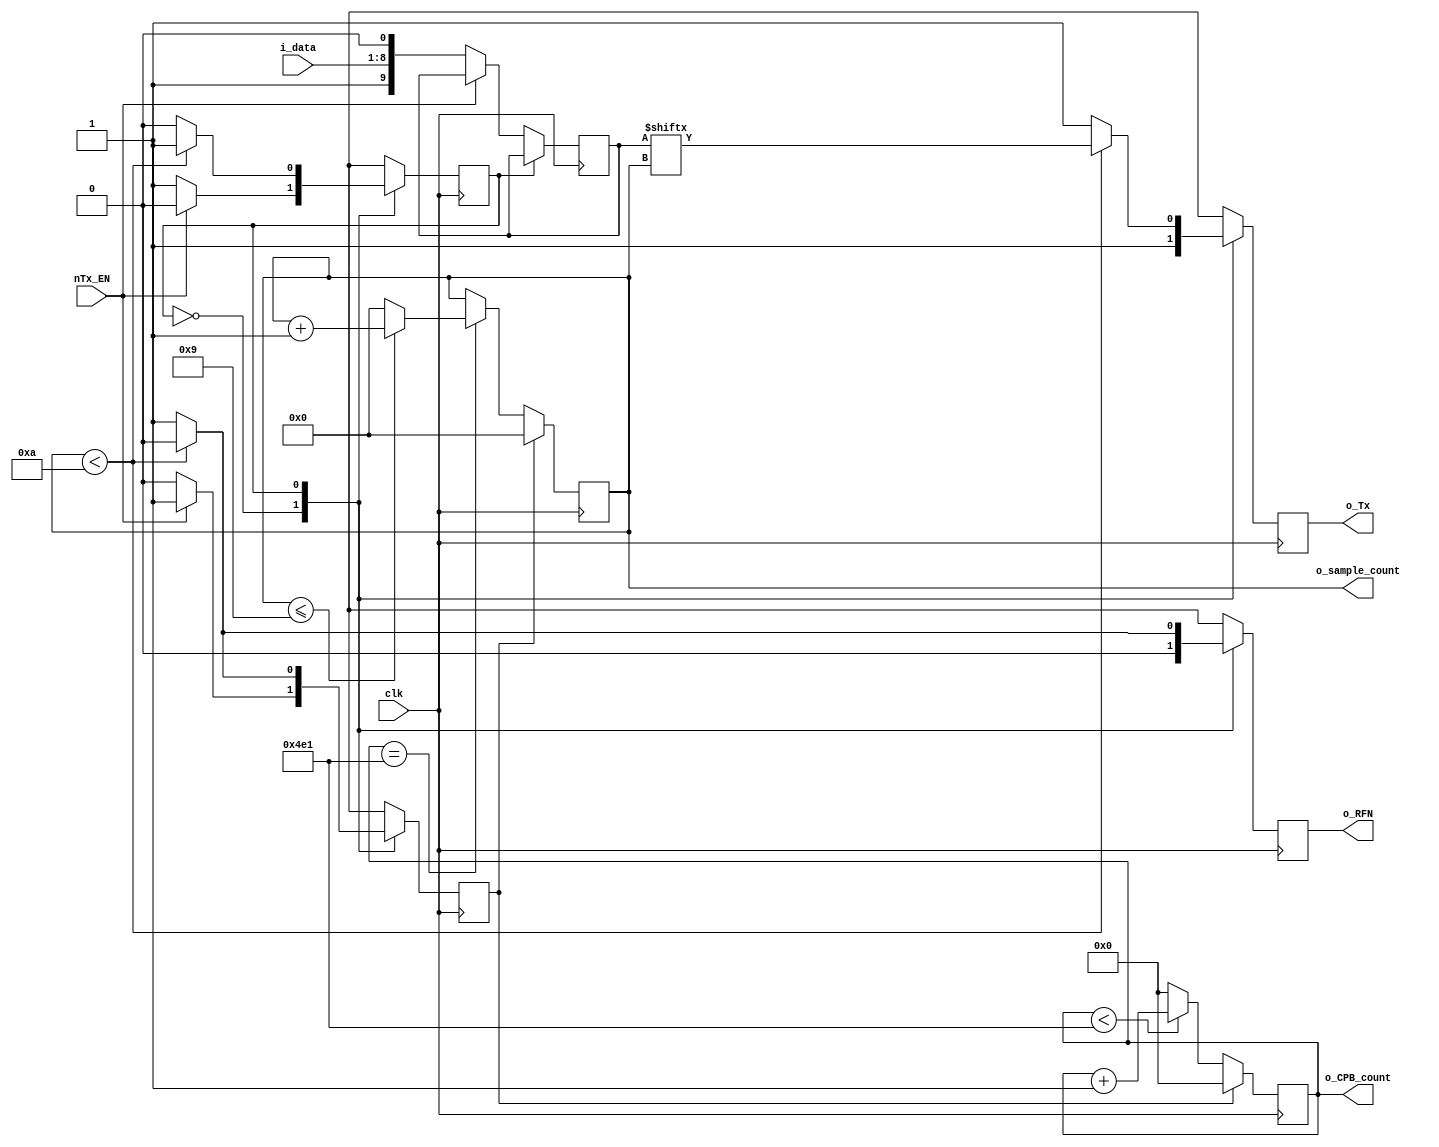
`timescale 1ns / 1ps

//////////////////////////////////////////////////////////////////////////////////
// 
// Module Name: UART_Tx
// Project Name: UART_Tx
// Description: Basic UART transmitter: 9600 BAUD, 8 data bits, 1 stop bit, no parity
//
// Revision 0.01 - File Created
// Additional Comments:
// 
//////////////////////////////////////////////////////////////////////////////////

module UART_Tx 
	# (parameter CPB = 1250)      // CPB = clocks per bit (clocks that occur during one bit transmission) :  12 MHz / 9600 Baud = 1250
	(
	input clk,               	  // 12 MHz
	input [7:0] i_data,        	  // input data to be serialized
	input nTx_EN,             	  // transmit enable (ACTIVE LOW)
	output o_Tx,               	  // Serial transmit line
	output o_RFN,              	  // RFN = ready for next (data) -- high pulse
	output [3:0] o_sample_count,  // outputs the bit we are transmitting
	output [10:0] o_CPB_count     // outputs how close we are to transmitting a new bit
	);
	
	// states
	localparam IDLE = 1'b0;       // do nothing (wait for nTx_EN to go LOW)
	localparam TRANSMIT = 1'b1;   // serialize and transmit data
	
	// Registers
	reg STATE = IDLE;             // state machine reg initialized to IDLE
	reg [9:0] temp = 0;           // data reg with start and stop bits
	reg r_Tx = 1;                 // output register for o_Tx
	reg r_RFN = 1;                // output register for o_RFN
	reg [10:0] CPB_count = 0;     // CPB_count for the clocks per bit (CPB)
	reg nCPB_count_E = 1;         // CPB_count enable (ACTIVE LOW)
	reg [3:0] sample_count = 0;   // to keep track of which bit we are transmitting
	reg nsample_count_E = 1;      // sample_count enable (ACTIVE LOW)
	
	///////////////////////////////////////////////////////////////////////////////////////////////////////////////////////////////
	// counters 
	always @ (posedge clk)
		begin 
			if (!nCPB_count_E)  // active low
				begin 
					if (CPB_count < CPB - 1)
						CPB_count <= CPB_count + 1;
					else 
						CPB_count <= 0;
				end // if (!nCPB_count_E)
			else 
				CPB_count <= 0;  // if nCPB_count_E low, CPB_count is reset to 0
		end // always
  
	always @ (posedge clk)
		begin
			if (!nsample_count_E)
				begin 
					if (CPB_count == CPB - 1)  
						begin 
							if (sample_count <= 9)  // counter counts up to 10 (11 counts) to ensure full stop bit is sent      
								sample_count <= sample_count + 1;
							else
								sample_count <= 0;
						end  // if (CPB_count...
				end      // if (!nsample_count_E)
			else     // if nsample_count_E is high
				sample_count <= 0;  // disable counter
		end // always
	
	assign o_CPB_count = CPB_count;        // output assignments
	assign o_sample_count = sample_count;
	// end counters 
	
	///////////////////////////////////////////////////////////////////////////////////////////////////////////////////////////////
	// FSM
	always @ (posedge clk)
		begin
			case (STATE)
			
				IDLE : 
					begin
						r_Tx <= 1;      // Transmit line held high
						r_RFN <= 0;     // not ready for new data (with the exception of the first transmission)
						if (!nTx_EN)
							begin
								nCPB_count_E <= 0;                  // activate CPB_count
								nsample_count_E <= 0;               // activate sample_count
								temp <= {1'b1, i_data[7:0], 1'b0};  // concatenate the stop bit (high), data, and start bit (low)
								STATE <= TRANSMIT;                  // move to transmit state
							end  // if (!nTx_EN)
						else     // if nTx_EN
							begin 
								nCPB_count_E <= 1;     // CPB_count disabled
								nsample_count_E <= 1;  // sample_count disabled
								STATE <= IDLE;         // stay in IDLE
							end  // else
					end  // IDLE
				
				TRANSMIT :
					begin
						if (sample_count < 10)
							begin 
								r_Tx <= temp[sample_count];  // serialize data
								r_RFN <= 0;                  // dont send new data
								nCPB_count_E <= 0;           // keep CPB_count enabled
								nsample_count_E <= 0;        // keep sample_count enabled
								STATE <= TRANSMIT;           // Keep transmitting
							end  // if (sample_count < 10)
						else     // if sample_count == 10
							begin 
								r_Tx <= 1;            // hold line high (should already be high)
								r_RFN <= 1;           // send a single high pulse indicating ready for next input data
								nCPB_count_E <= 1;    // disable CPB_count
								nsample_count_E <= 1; // disable nsample_count_E
								STATE <= IDLE;        // wait for the next nTx_EN
							end  // else 
					end  // TRANSMIT
					
				default :
					begin 
						r_Tx <= 1;             // hold Tx line high
						r_RFN <= 0;            // RFN low
						nCPB_count_E <= 1;     // disable CPB_count
						nsample_count_E <= 1;  // disable sample_count
						STATE <= IDLE;         // state is IDLE
					end  // default
			endcase
		end  // always
		// end FSM
		
		///////////////////////////////////////////////////////////////////////////////////////////////////////////////////////////////
		// output assignments			
		assign o_Tx = r_Tx;
	    assign o_RFN = r_RFN;
	    assign o_sample_count = sample_count;
	    assign o_CPB_count = CPB_count;
		// end output assignments
		
endmodule  // UART_Tx